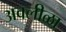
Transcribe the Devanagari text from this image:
अवलीळा